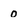
Character: 0